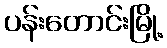
ပန်းတောင်းမြို့